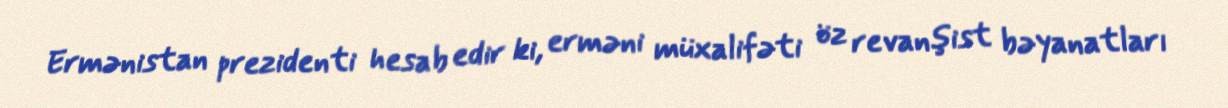
Ermənistan prezidenti hesab edir ki, erməni müxalifəti öz revanşist bəyanatları